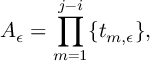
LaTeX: A _ { \epsilon } = \prod _ { m = 1 } ^ { j - i } \{ t _ { m , \epsilon } \} ,